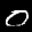
Label: 0